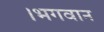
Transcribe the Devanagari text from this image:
।भगवान